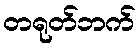
တရုတ်ဘက်